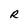
Character: R